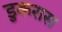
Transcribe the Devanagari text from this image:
डुकरास